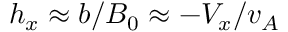
h _ { x } \approx b / B _ { 0 } \approx - V _ { x } / v _ { A }